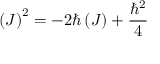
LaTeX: \left( J \right) ^ { 2 } = \mathbf { - } 2 \hbar \left( J \right) + \frac { \hbar ^ { 2 } } { 4 }